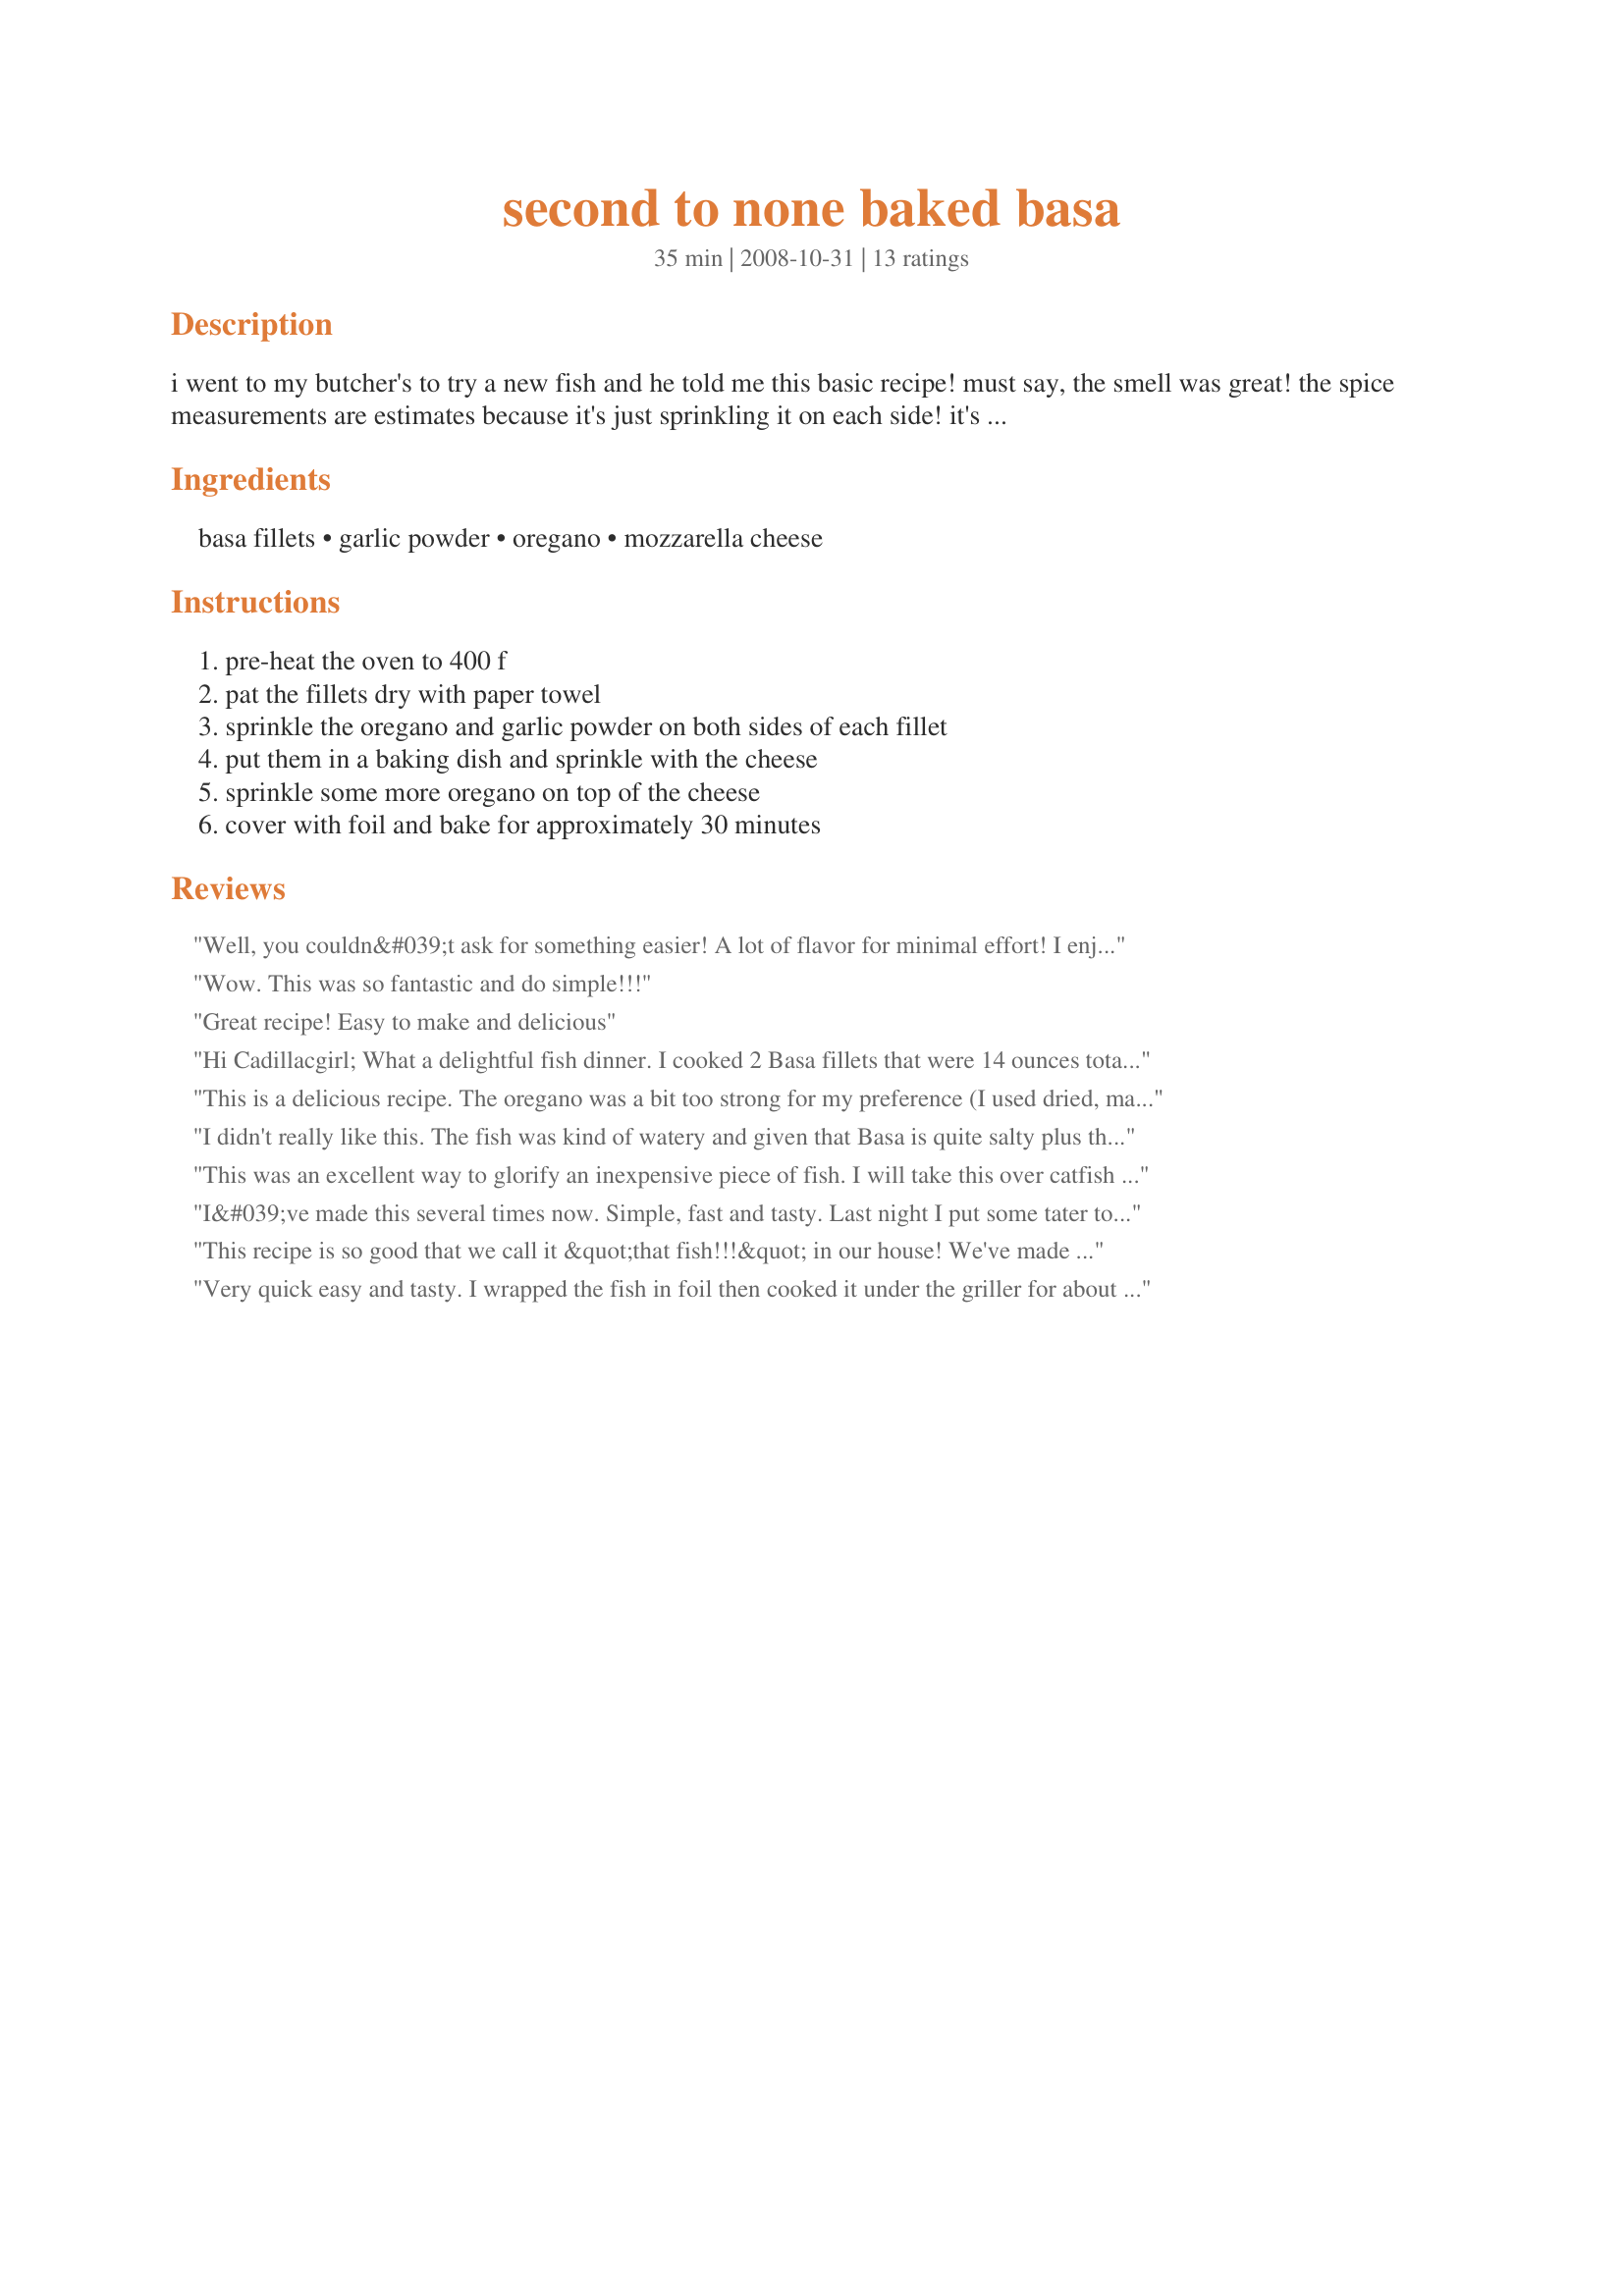
second to none baked basa
Preparation time: 35 minutes

i went to my butcher's to try a new fish and he told me this basic recipe! must say, the smell was great! the spice measurements are estimates because it's just sprinkling it on each side! it's also good to put some slices of ripe tomato on top before baking.

Ingredients:
basa fillets, garlic powder, oregano, mozzarella cheese

Steps:
pre-heat the oven to 400 f, pat the fillets dry with paper towel, sprinkle the oregano and garlic powder on both sides of each fillet, put them in a baking dish and sprinkle with the cheese, sprinkle some more oregano on top of the cheese, cover with foil and bake for approximately 30 minutes

Reviews:
Well, you couldn&#039;t ask for something easier! A lot of flavor for minimal effort! I enjoy basa (swai) because it&#039;s a thick, solid piece of fish that lends itself to a variety of sesonings. I used shredded mozzarella, which was just great. I will definitely be making this again! Thanks for sharing.
Wow. This was so fantastic and do simple!!!
Great recipe! Easy to make and delicious
Hi Cadillacgirl;
What a delightful fish dinner. I cooked 2 Basa fillets that were 14 ounces total weight. Reduced the oregano and granulated garlic powder, but added 1 teaspoon of dried dill weed.
Cooked for 25 minutes and it turned out perfect. The mozzarella cheese was the highlite on the fish and the flavor combination was great.
Served with some lemon wedges and tartar sauce.
Thank you for sharing.
"Uncle Bill"
This is a delicious recipe. The oregano was a bit too strong for my preference (I used dried, maybe I should have used fresh). Made for ZWT7. Thanks for the recipe.
I didn't really like this. The fish was kind of watery and given that Basa is quite salty plus the cheese made it a bit salty for my taste. My DH and kids enjoying it though.
This was an excellent way to glorify an inexpensive piece of fish. I will take this over catfish any day. I sprinkled the fillets with some salt and pepper in addition to garlic powder and oregano. Great dish. Thank you.
I&#039;ve made this several times now. Simple, fast and tasty. Last night I put some tater tots around the fish, no foil over the food, and it came out perfect.
This recipe is so good that we call it &quot;that fish!!!&quot; in our house! We've made it with haddock, river cobbler and basa and for the cheese we've used cheddar and cornish yarg, it's a really lovely easy recipe - can't recommend enough so thank you for posting this recipe!
Very quick easy and tasty. I wrapped the fish in foil then cooked it under the griller for about 20 minutes and it was very tasty. Thanks for the recipe!
Totally delicious and super easy. Would work with any white fish. I forgot to cover it, but it turned out beautifully when baked. I also added the suggested tomato. Will be making this again for sure!
Fabulous! Very tasty. I forgot to use the foil and the cheese just ended up well browned and wonderful. So fast to prepare too!
I was a bit skeptical because of the simplicity, but I would definitely make this again. Super fast and pretty tasty. I didn't use the foil, baked at 400 in my convection toaster on a baking sheet for about 25 mins.
